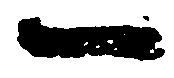
一